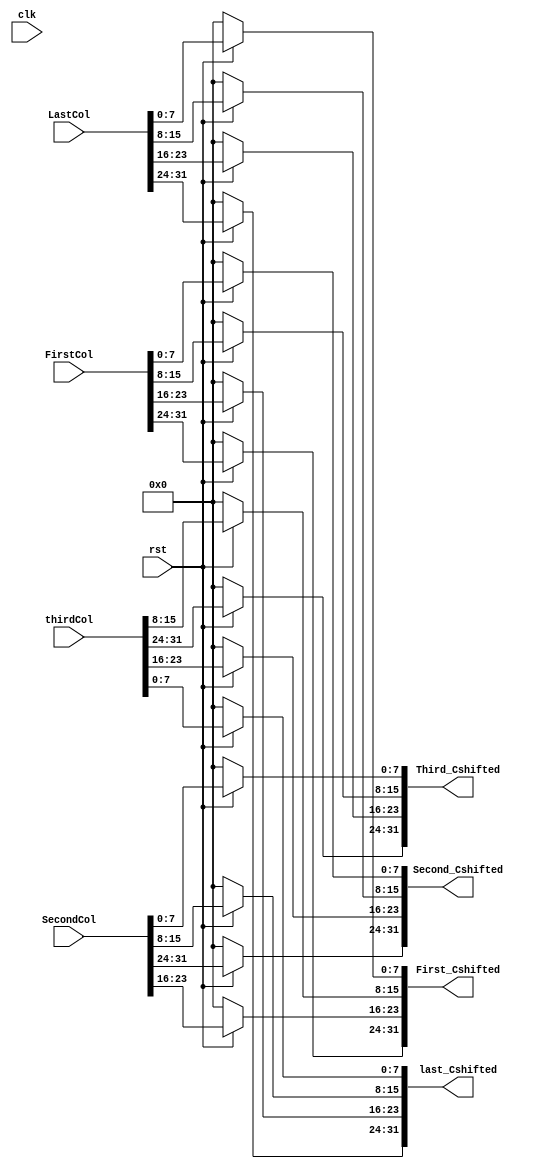
`timescale 1ns / 1ps
//////////////////////////////////////////////////////////////////////////////////
// Company: 
// Engineer: 
// 
// Design Name: 
// Module Name: Round_ShiftRows
// Project Name: 
// Target Devices: 
// Tool Versions: 
// Description: 
// 
// Dependencies: 
// 
// Revision:
// Revision 0.01 - File Created
// Additional Comments:
// 
//////////////////////////////////////////////////////////////////////////////////


module Round_ShiftRows
    (
        output reg [31:0] last_Cshifted,Third_Cshifted,Second_Cshifted,First_Cshifted,
        input [31:0] LastCol,thirdCol,SecondCol,FirstCol,
        input clk,rst
    );

    always @(*) 
    begin
        if (~rst) 
        begin
    {last_Cshifted,Third_Cshifted,Second_Cshifted,First_Cshifted}<='b0;
        end
        else
        begin
        //row1
   First_Cshifted[31:24]<=FirstCol[31:24];
   Second_Cshifted[31:24]<=SecondCol[31:24];
   Third_Cshifted[31:24]<=thirdCol[31:24];
   last_Cshifted[31:24]<=LastCol[31:24];
        //row2
   First_Cshifted[23:16]<=SecondCol[23:16];
   Second_Cshifted[23:16]<=thirdCol[23:16];
   Third_Cshifted[23:16]<=LastCol[23:16];
   last_Cshifted[23:16]<=FirstCol[23:16];
        //row3
   First_Cshifted[15:8]<=thirdCol[15:8];
   Second_Cshifted[15:8]<=LastCol[15:8];
   Third_Cshifted[15:8]<=FirstCol[15:8];
   last_Cshifted[15:8]<=SecondCol[15:8];
        //row4
   First_Cshifted[7:0]<=LastCol[7:0];
   Second_Cshifted[7:0]<=FirstCol[7:0];
   Third_Cshifted[7:0]<=SecondCol[7:0];
   last_Cshifted[7:0]<=thirdCol[7:0];   
        end
    end
endmodule